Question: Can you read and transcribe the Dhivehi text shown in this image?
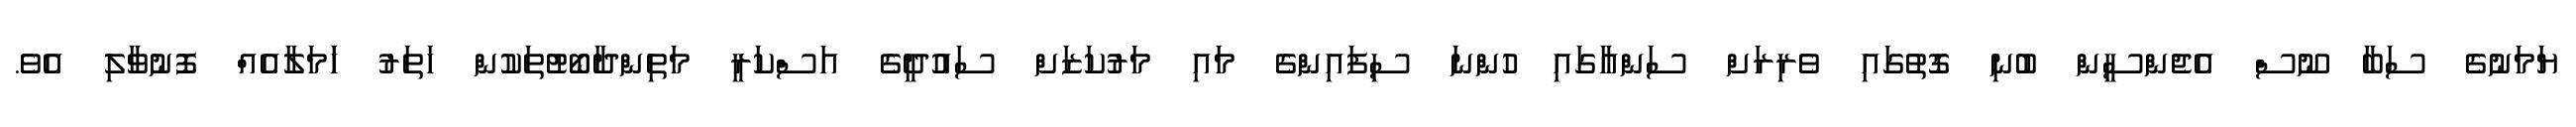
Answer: ޔަމަނުގެ ސަބާ ނޫސް އެޖެންސީން ބުނި ގޮތުގައި ވެރިރަށް ސަންއާގައި ހުންނަ ސިފައިންގެ މައި މަރުކަޒަށް ސައުދީގެ އަސްކަރީ މަތިންދާބޯޓުތަކުން ހަތަރު ހަަމަލާއެއް ފޮނުވާލި އެވެ.